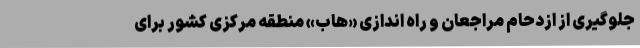
جلوگیری از ازدحام مراجعان و راه اندازی «هاب» منطقه مرکزی کشور برای